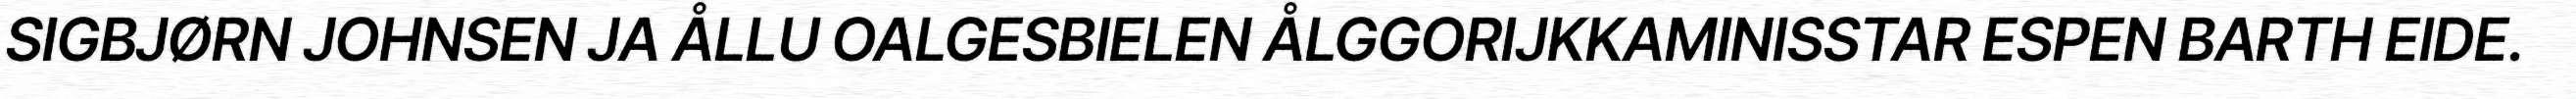
SIGBJØRN JOHNSEN JA ÅLLU OALGESBIELEN ÅLGGORIJKKAMINISSTAR ESPEN BARTH EIDE.